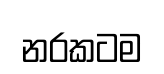
නරකටම